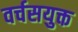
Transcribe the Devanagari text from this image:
वर्चसयुक्त